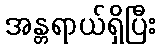
အန္တရာယ်ရှိပြီး